Report of the Indian Hemp Drugs Commission, 1894-1895 - Volume IV
Year: 1894
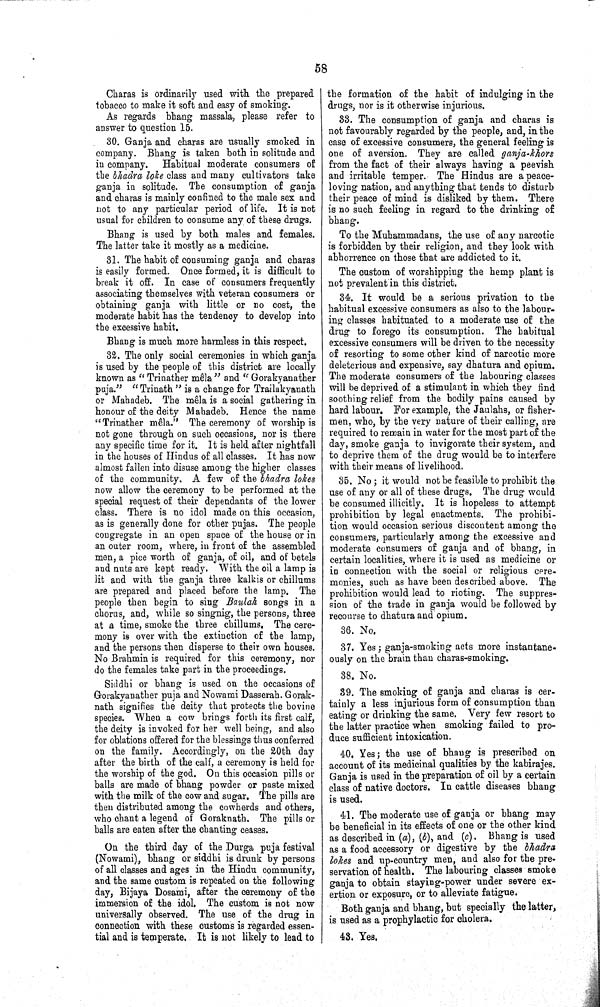
58
Charas is ordinarily used with the prepared
tobacco to make it soft and easy of smoking.
As regards bhang massala, please refer to
answer to question 15.
30. Ganja and charas are usually smoked in
company. Bhang is taken both in solitude and
in company. Habitual moderate consumers of
the bhadra loke class and many cultivators take
ganja in solitude. The consumption of ganja
and charas is mainly confined to the male sex and
not to any particular period of life. It is not
usual for children to consume any of these drugs.
Bhang is used by both males and females.
The latter take it mostly as a medicine.
31. The habit of consuming ganja and charas
is easily formed. Once formed, it is difficult to
break it off. In case of consumers frequently
associating themselves with veteran consumers or
obtaining ganja with little or no cost, the
moderate habit has the tendency to develop into
the excessive habit.
Bhang is much more harmless in this respect.
32. The only social ceremonies in which ganja
is used by the people of this district are locally
known as "Trinather mêla" and "Gorakyanather
puja." "Trinath" is a change for Trailakyanath
or Mahadeb. The mêla is a social gathering in
honour of the deity Mahadeb. Hence the name
"Trinather mêla." The ceremony of worship is
not gone through on such occasions, nor is there
any specific time for it. It is held after nightfall
in the houses of Hindus of all classes. It has now
almost fallen into disuse among the higher classes
of the community. A few of the bhadra lokes
now allow the ceremony to be performed at the
special request of their dependants of the lower
class. There is no idol made on this occasion,
as is generally done for other pujas. The people
congregate in an open space of the house or in
an outer room, where, in front of the assembled
men, a pice worth of ganja, of oil, and of betels
and nuts are kept ready. With the oil a lamp is
lit and with the ganja three kalkis or chillums
are prepared and placed before the lamp. The
people then begin to sing Baulah songs in a
chorus, and, while so singnig, the persons, three
at a time, smoke the three chillums. The cere-
mony is over with the extinction of the lamp,
and the persons then disperse to their own houses.
No Brahmin is required for this ceremony, nor
do the females take part in the proceedings.
Siddhi or bhang is used on the occasions of
Gorakyanather puja and Nowami Dasserah. Gorak-
nath signifies the deity that protects the bovine
species. When a cow brings forth its first calf,
the deity is invoked for her well being, and also
for oblations offered for the blessings thus conferred
on the family. Accordingly, on the 20th day
after the birth of the calf, a ceremony is held for
the worship of the god. On this occasion pills or
balls are made of bhang powder or paste mixed
with the milk of the cow and sugar. The pills are
then distributed among the cowherds and others,
who chant a legend of Goraknath. The pills or
balls are eaten after the chanting ceases.
On the third day of the Durga puja festival
(Nowami), bhang or siddhi is drunk by persons
of all classes and ages in the Hindu community,
and the same custom is repeated on the following
day, Bijaya Dosami, after the ceremony of the
immersion of the idol. The custom is not now
universally observed. The use of the drug in
connection with these customs is regarded essen-
tial and is temperate. It is not likely to lead to
the formation of the habit of indulging in the
drugs, nor is it otherwise injurious.
33. The consumption of ganja and charas is
not favourably regarded by the people, and, in the
case of excessive consumers, the general feeling is
one of aversion. They are called ganja-khors
from the fact of their always having a peevish
and irritable temper. The Hindus are a peace-
loving nation, and anything that tends to disturb
their peace of mind is disliked by them. There
is no such feeling in regard to the drinking of
bhang.
To the Muhammadans, the use of any narcotic
is forbidden by their religion, and they look with
abhorrence on those that are addicted to it.
The custom of worshipping the hemp plant is
not prevalent in this district.
34. It would be a serious privation to the
habitual excessive consumers as also to the labour-
ing classes habituated to a moderate use of the
drug to forego its consumption. The habitual
excessive consumers will be driven to the necessity
of resorting to some other kind of narcotic more
deleterious and expensive, say dhatura and opium.
The moderate consumers of the labouring classes
will be deprived of a stimulant in which they find
soothing relief from the bodily pains caused by
hard labour. For example, the Jaulahs, or fisher-
men, who, by the very nature of their calling, are
required to remain in water for the most part of the
day, smoke ganja to invigorate their system, and
to deprive them of the drug would be to interfere
with their means of livelihood.
35. No; it would not be feasible to prohibit the
use of any or all of these drugs. The drug would
be consumed illicitly. It is hopeless to attempt
prohibition by legal enactments. The prohibi-
tion would occasion serious discontent among the
consumers, particularly among the excessive and
moderate consumers of ganja and of bhang, in
certain localities, where it is used as medicine or
in connection with the social or religious cere-
monies, such as have been described above. The
prohibition would lead to rioting. The suppres-
sion of the trade in ganja would be followed by
recourse to dhatura and opium.
36. No.
37. Yes; ganja-smoking acts more instantane-
ously on the brain than charas-smoking.
38. No.
39. The smoking of ganja and charas is cer-
tainly a less injurious form of consumption than
eating or drinking the same. Very few resort to
the latter practice when smoking failed to pro-
duce sufficient intoxication.
40. Yes; the use of bhang is prescribed on
account of its medicinal qualities by the kabirajes.
Ganja is used in the preparation of oil by a certain
class of native doctors. In cattle diseases bhang
is used.
41. The moderate use of ganja or bhang may
be beneficial in its effects of one or the other kind
as described in (a), (b), and (c). Bhang is used
as a food accessory or digestive by the bhadra
lokes and up-country men, and also for the pre-
servation of health. The labouring classes smoke
ganja to obtain staying-power under severe ex-
ertion or exposure, or to alleviate fatigue.
Both ganja and bhang, but specially the latter,
is used as a prophylactic for cholera.
43. Yes.